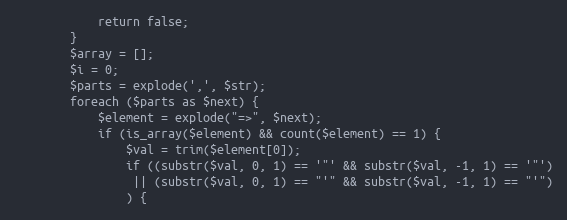
Language: PHP
            return false;
        }
        $array = [];
        $i = 0;
        $parts = explode(',', $str);
        foreach ($parts as $next) {
            $element = explode("=>", $next);
            if (is_array($element) && count($element) == 1) {
                $val = trim($element[0]);
                if ((substr($val, 0, 1) == '"' && substr($val, -1, 1) == '"')
                 || (substr($val, 0, 1) == "'" && substr($val, -1, 1) == "'")
                ) {